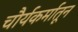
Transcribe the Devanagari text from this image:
चौर्यकर्मातून